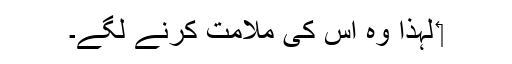
‏ لہٰذا وہ اُس کی ملامت کرنے لگے۔